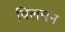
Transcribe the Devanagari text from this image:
विलचन